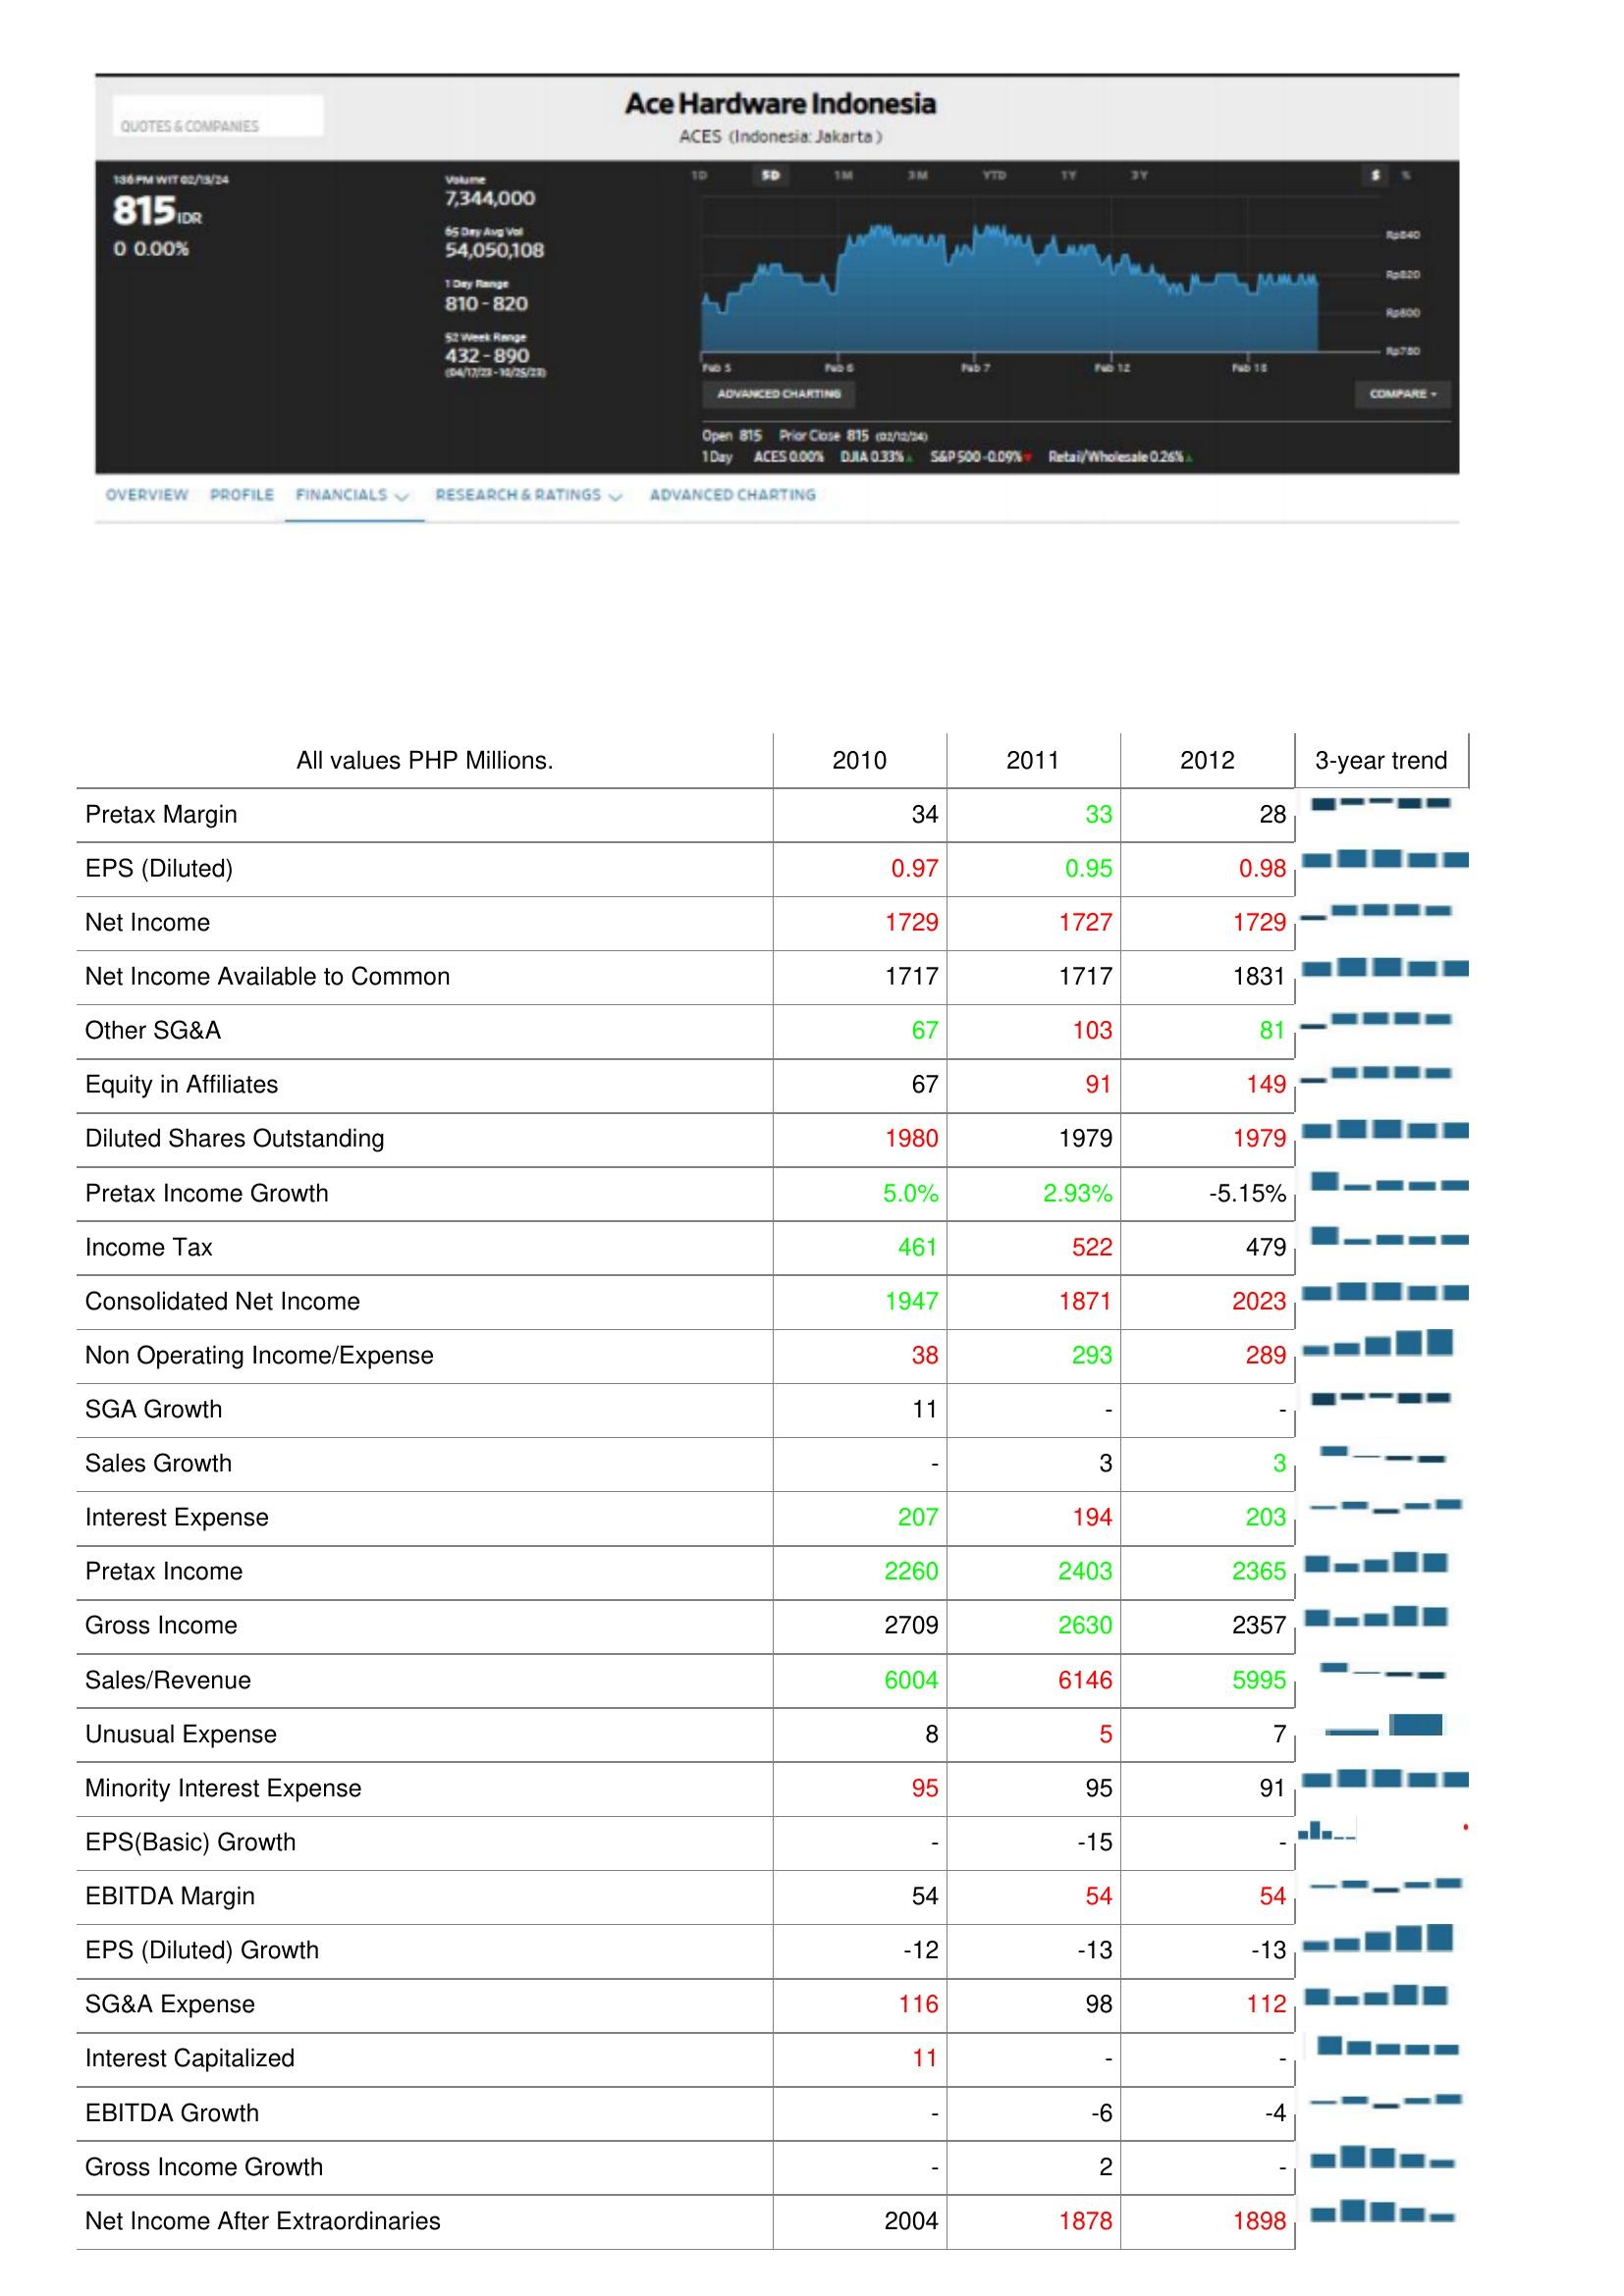
2010: : Pretax Margin: 34
EPS (Diluted): 0.97
Net Income: 1729
Net Income Available to Common: 1717
Other SG&A: 67
Equity in Affiliates: 67
Diluted Shares Outstanding: 1980
Pretax Income Growth: 5.0%
Income Tax: 461
Consolidated Net Income: 1947
Non Operating Income/Expense: 38
SGA Growth: 11
Sales Growth: -
Interest Expense: 207
Pretax Income: 2260
Gross Income: 2709
Sales/Revenue: 6004
Unusual Expense: 8
Minority Interest Expense: 95
EPS(Basic) Growth: -
EBITDA Margin: 54
EPS (Diluted) Growth: -12
SG&A Expense: 116
Interest Capitalized: 11
EBITDA Growth: -
Gross Income Growth: -
Net Income After Extraordinaries: 2004
2011: : Pretax Margin: 33
EPS (Diluted): 0.95
Net Income: 1727
Net Income Available to Common: 1717
Other SG&A: 103
Equity in Affiliates: 91
Diluted Shares Outstanding: 1979
Pretax Income Growth: 2.93%
Income Tax: 522
Consolidated Net Income: 1871
Non Operating Income/Expense: 293
SGA Growth: -
Sales Growth: 3
Interest Expense: 194
Pretax Income: 2403
Gross Income: 2630
Sales/Revenue: 6146
Unusual Expense: 5
Minority Interest Expense: 95
EPS(Basic) Growth: -15
EBITDA Margin: 54
EPS (Diluted) Growth: -13
SG&A Expense: 98
Interest Capitalized: -
EBITDA Growth: -6
Gross Income Growth: 2
Net Income After Extraordinaries: 1878
2012: : Pretax Margin: 28
EPS (Diluted): 0.98
Net Income: 1729
Net Income Available to Common: 1831
Other SG&A: 81
Equity in Affiliates: 149
Diluted Shares Outstanding: 1979
Pretax Income Growth: -5.15%
Income Tax: 479
Consolidated Net Income: 2023
Non Operating Income/Expense: 289
SGA Growth: -
Sales Growth: 3
Interest Expense: 203
Pretax Income: 2365
Gross Income: 2357
Sales/Revenue: 5995
Unusual Expense: 7
Minority Interest Expense: 91
EPS(Basic) Growth: -
EBITDA Margin: 54
EPS (Diluted) Growth: -13
SG&A Expense: 112
Interest Capitalized: -
EBITDA Growth: -4
Gross Income Growth: -
Net Income After Extraordinaries: 1898